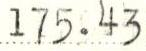
175.43